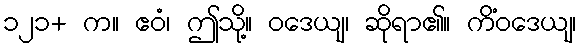
၁၂၁+ က။ ဧဝံ၊ ဤသို့။ ဝဒေယျ၊ ဆိုရာ၏။ ကိံဝဒေယျ၊